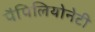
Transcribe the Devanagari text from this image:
पैपिलियोनेटी